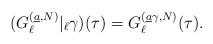
LaTeX: \begin{align*}(G_{\ell}^{(\underline{a}, N)}|_\ell\gamma)(\tau)=G_{\ell}^{(\underline{a}\gamma,N)}(\tau). \end{align*}